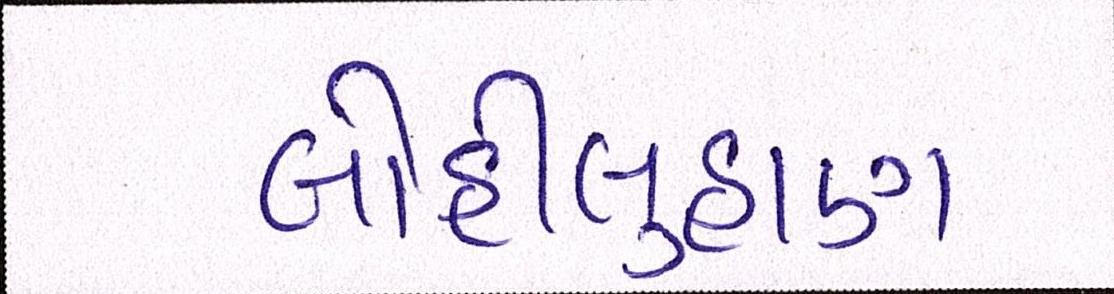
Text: લોહીલુહાણ